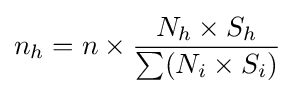
n_{h}=n\times {\frac {N_{h}\times S_{h}}{\sum (N_{i}\times S_{i})}}